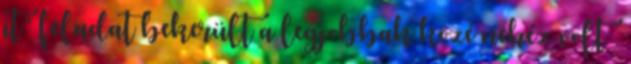
it” feladat bekerült a legjobbak közé nehéz volt .